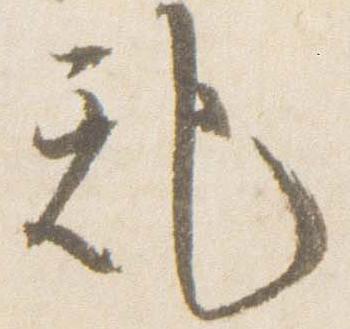
記